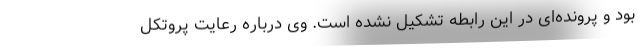
بود و پرونده‌ای در این رابطه تشکیل نشده است. وی درباره رعایت پروتکل